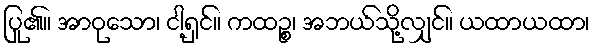
ပြု၏။ အာဝုသော၊ ငါ့ရှင်။ ကထဉ္စ၊ အဘယ်သို့လျှင်။ ယထာယထာ၊